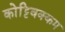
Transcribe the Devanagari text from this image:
कोट्टिवक्कम